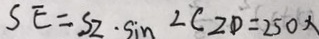
S E = S Z \cdot \sin ^ { 2 } C _ { 2 } D = 2 5 0 x